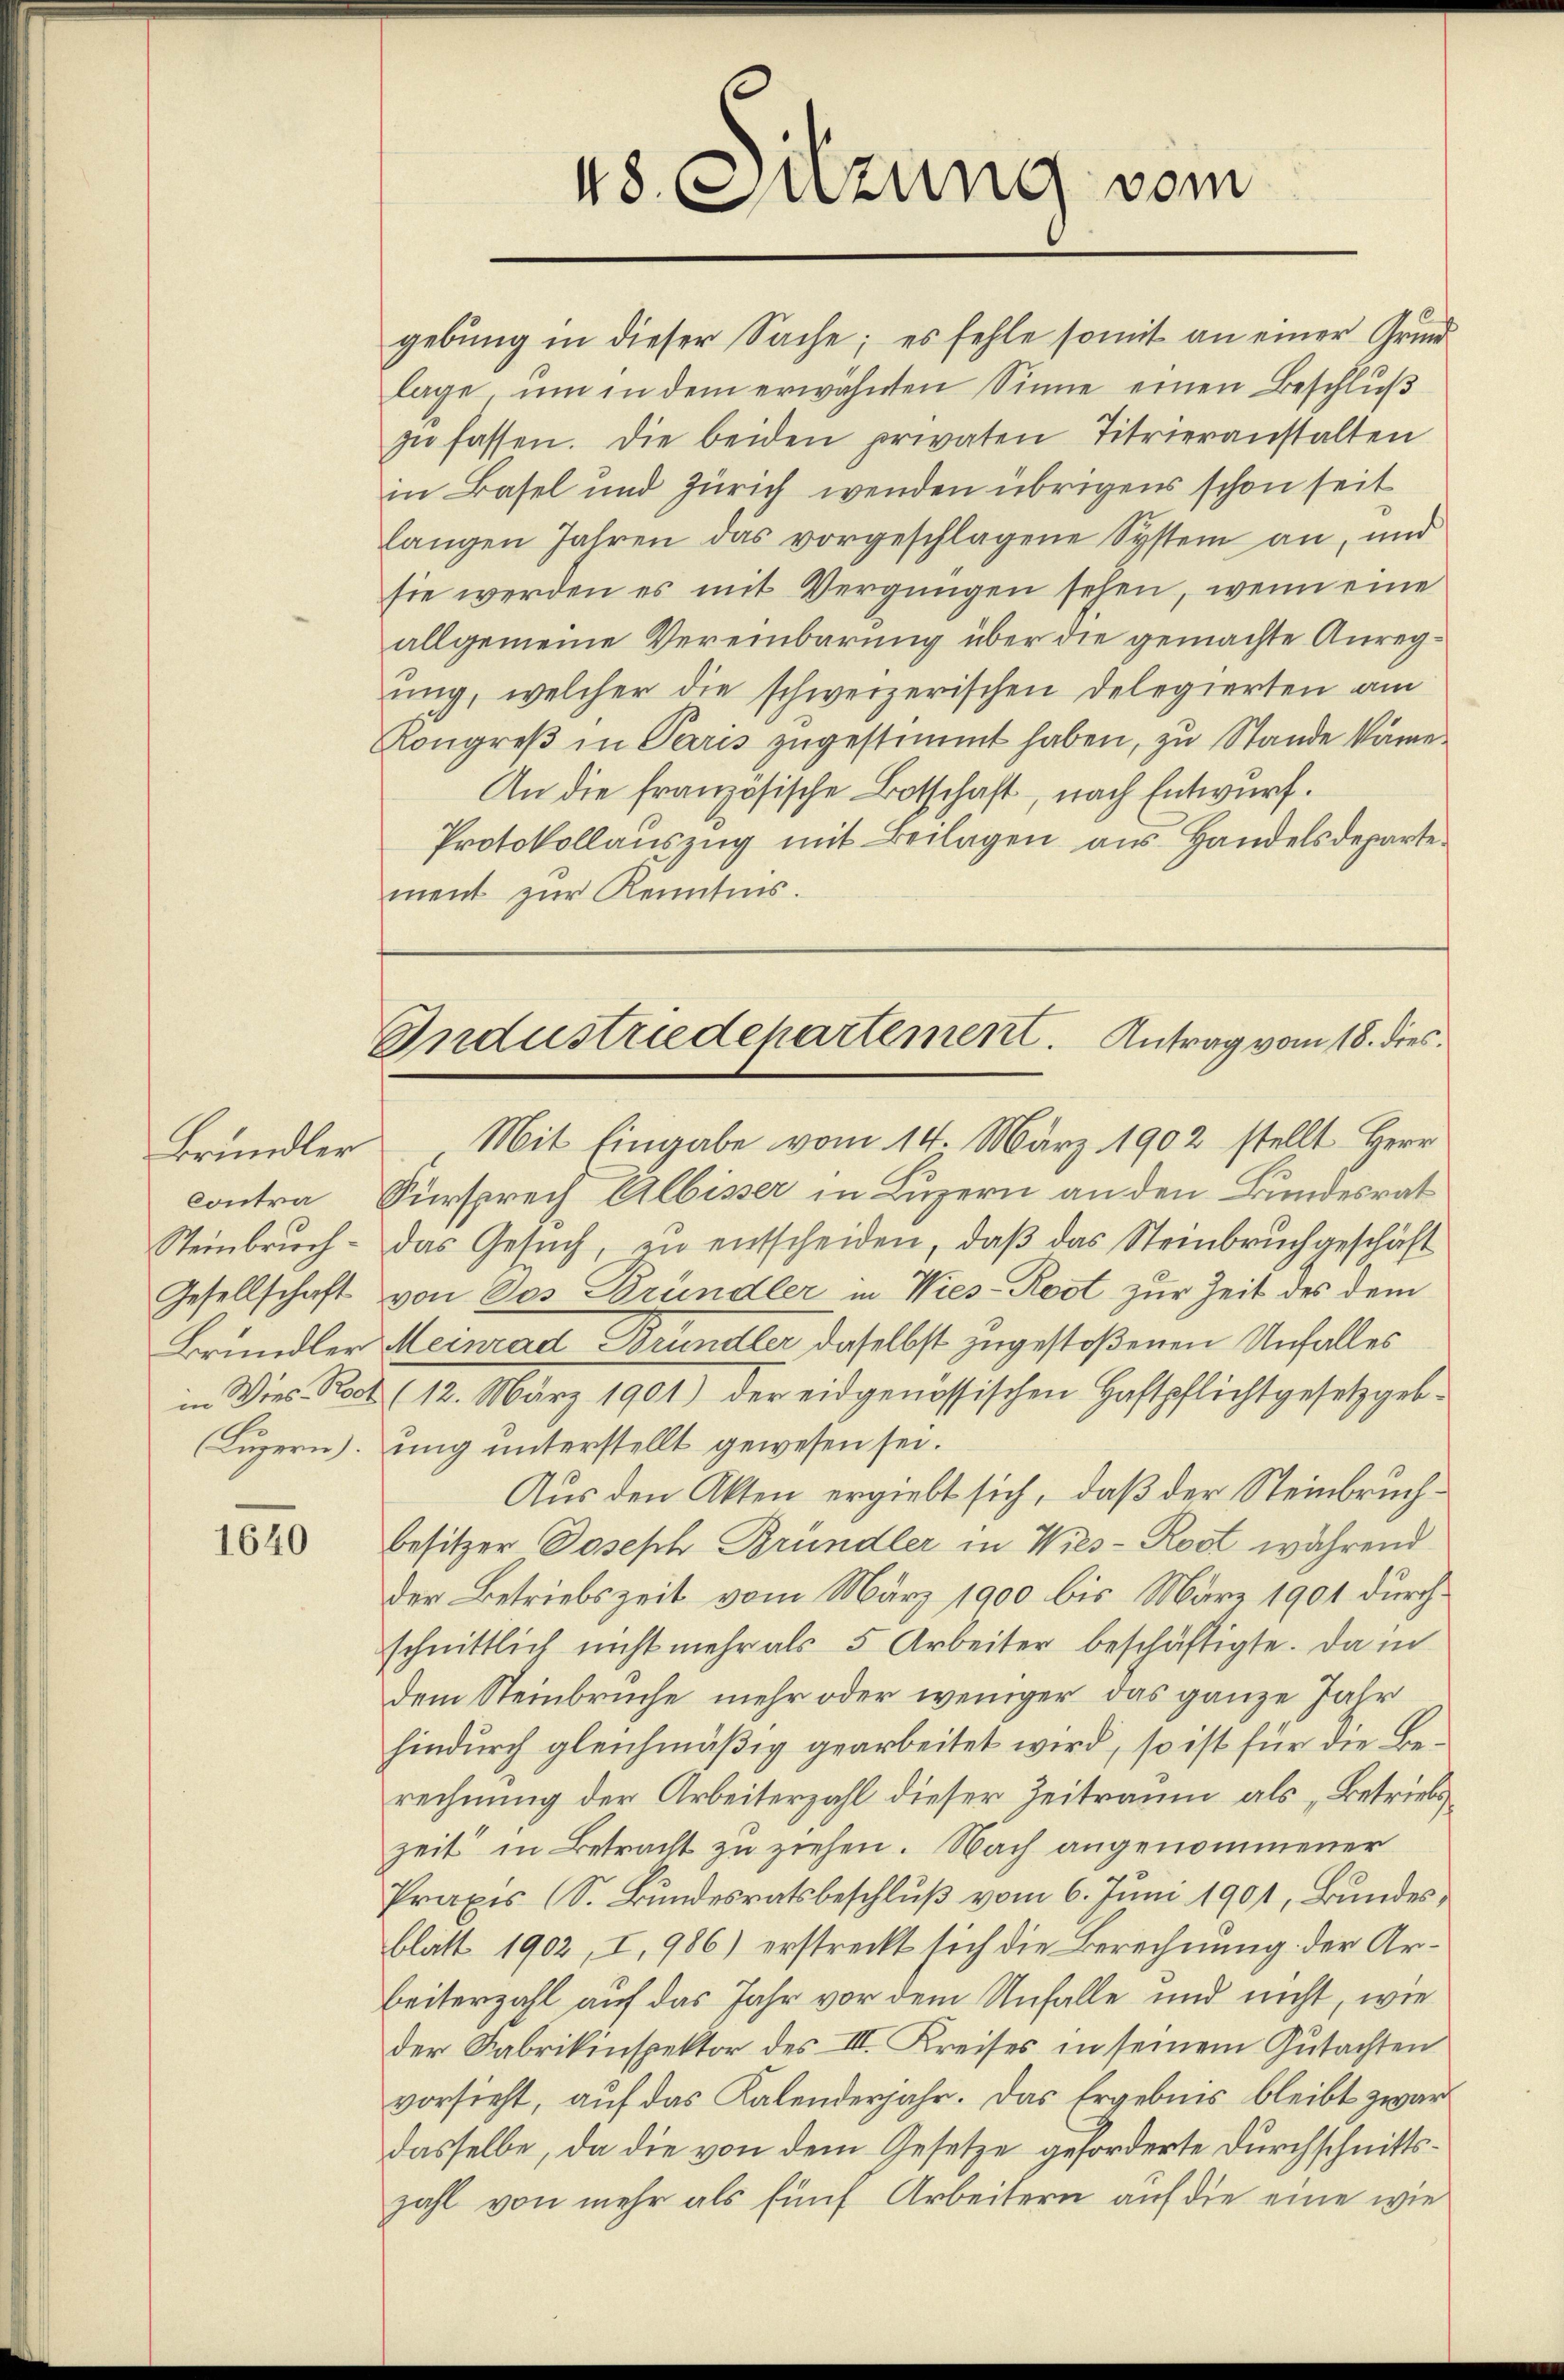
Brundler
Steinbruch
Gesellschaft
Brundler
Luzern).

1640

gebŭng in dieser Sache; es fehle somit an einer Grund-
lage, um in dem erwähnten Sinne einen Beschluß
zŭ fassen. Die beiden privaten Titrieranstalten
in Basel und Zürich wenden übrigens schon seit
langen Jahren das vorgeschlagene System an, und
sie werden es mit Vergnügen sehen, wenn eine
allgemeine Vereinbarung über die gemachte Anregŭng, welcher die schweizerischen Delegierten am
Kongreß in Paris zugestimmt haben, zu Stande käme
An die französische Botschaft, nach Entwurf.
Protokollauszug mit Beilagen aus Handelsdepartement zur Kenntnis.

48. Sitzung vom

Industriedepartement. Antrag vom 18. dies

Mit Eingabe vom 14. März 1902 stellt Herr
contra Fürsprech Albisser in Luzern an den Bundesrat
das Gesuch, zu entscheiden, daß das Steinbruchgeschäft
von des Bründler in Wies-Root zur Zeit des dem
Meinrad Brundler daselbst zugestoßenen Unfalles
in Dies Post (12. März 1901) der eidgenössischen Haftpflichtgesetzgeb-
ung unterstellt gewesen sei.
Aus den Akten ergiebt sich, daß der Steinbruch¬
Besitzer Joseph Bründler in Wies- Rost während
der Betriebszeit vom März 1900 bis März 1901 durchschnittlich nicht mehr als 5 Arbeiter beschäftigte. Da in
dem Steinbruche mehr oder weniger das ganze Jahr
hindurch gleichmäßig gearbeitet wird, so ist für die Berechnung der Arbeiterzahl dieser Zeitraum als „Betriebszeit in Betracht zu ziehen. Nach angenommener
Praxis (S. Bundesratsbeschluß vom 6. Juni 1901, Bundesblatt 1902, I, 986) erstreckt sich die Berechnung der Arbeiterzahl auf das Jahr vor dem Unfalle und nicht, wie
der Fabrikinspektor des III. Kreises in seinem Gutachten
vorsieht, auf das Kalenderjahr. Das Ergebnis bleibt zwar
dasselbe, da die von dem Gesetze geforderte Durchschnittszahl von mehr als fünf Arbeitern auf die eine wie